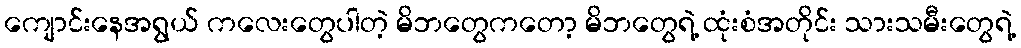
ကျောင်းနေအရွယ် ကလေးတွေပါတဲ့ မိဘတွေကတော့ မိဘတွေရဲ့ ထုံးစံအတိုင်း သားသမီးတွေရဲ့